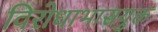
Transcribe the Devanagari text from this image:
विरोधाभासयुक्त